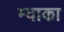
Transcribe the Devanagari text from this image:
म्वाका